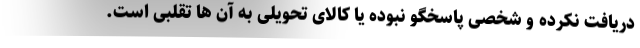
دریافت نکرده و شخصی پاسخگو نبوده یا کالای تحویلی به آن ها تقلبی است.